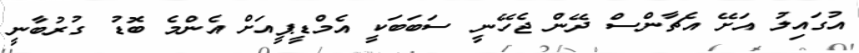
އުގައިލު އަށޭ އެޗާންސް ދޭން ޖެހޭނީ ސަބަބަކީ އެމްޑީޕީއަށް އެންމެ ބޮޑު ގުރުބާނީ